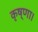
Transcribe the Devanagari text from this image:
कृष्णा।